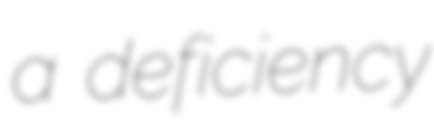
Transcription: a deficiency